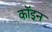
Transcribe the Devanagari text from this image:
कॉइन